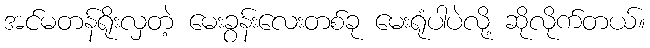
အင်မတန်ရိုးလှတဲ့ မေးခွန်းလေးတစ်ခု မေးရုံပါပဲလို့ ဆိုလိုက်တယ်။